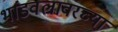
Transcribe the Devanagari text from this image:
भांडवलावरच्या